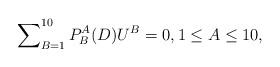
LaTeX: \begin{align*}\sum\nolimits_{B=1}^{10}P_{B}^{A}(D)U^{B}=0,1\leq A\leq 10,\end{align*}